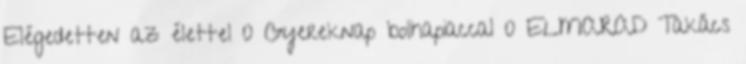
Elégedetten az élettel 0 Gyereknap bolhapiaccal 0 ELMARAD Takács